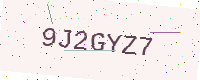
Text: 9J2GYZ7